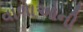
વાળાઓની